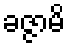
ခဇ္ဇာမိ